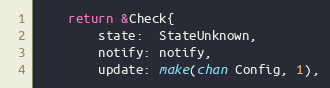
Language: Go
	return &Check{
		state:  StateUnknown,
		notify: notify,
		update: make(chan Config, 1),